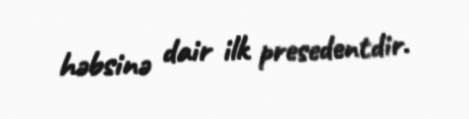
həbsinə dair ilk presedentdir.